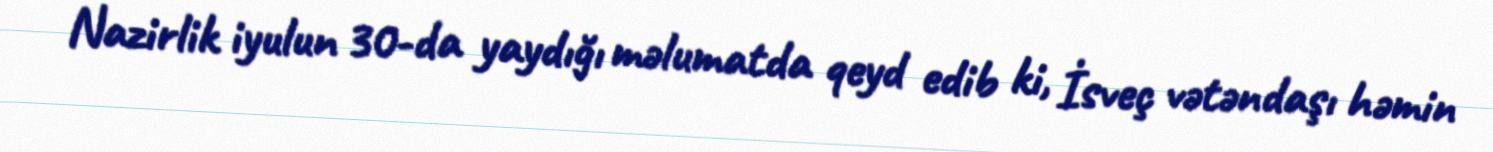
Nazirlik iyulun 30-da yaydığı məlumatda qeyd edib ki, İsveç vətəndaşı həmin